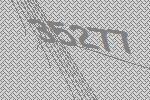
35277